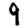
Digit: 9